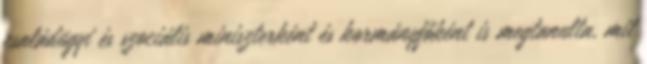
családügyi és szociális miniszterként és kormányfőként is megtanulta, mit